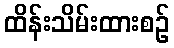
ထိန်းသိမ်းထားစဉ်